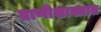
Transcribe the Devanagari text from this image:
प्राणीशास्त्रात